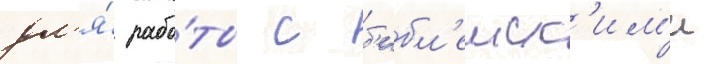
дл'я́ рабо́ты с б'ибл'еиск'им'и